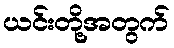
ယင်းတို့အတွက်